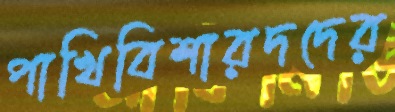
পাখিবিশারদদের